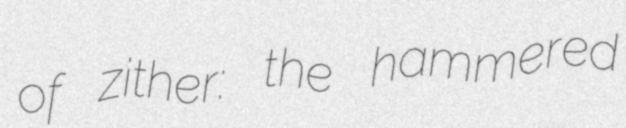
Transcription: of zither: the hammered